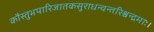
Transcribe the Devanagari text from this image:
कौस्तुभपारिजातकसुराधन्वन्तरिश्चन्द्रमाः।